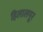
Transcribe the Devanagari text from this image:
हिलालपूर